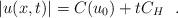
LaTeX: \begin{align*}|u(x,t)| = C(u_0)+tC_H\ \ . \end{align*}